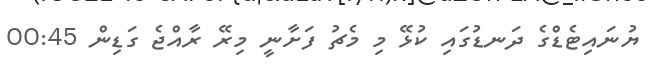
ޔުނައިޓެޑްގެ ދަނޑުގައި ކުޅޭ މި މެޗު ފަށާނީ މިރޭ ރާއްޖެ ގަޑިން 00:45